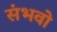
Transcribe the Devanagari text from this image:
संभवो